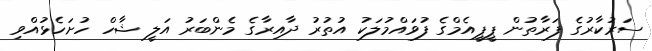
ސަރުކާރުގެ ފަރާތުން ޕީޕީއެމްގެ ފުވައްމުލަކު އުތުރު ދާއިރާގެ މެންބަރު އަލީ ޝާހް ހުށަހެޅުއްވި